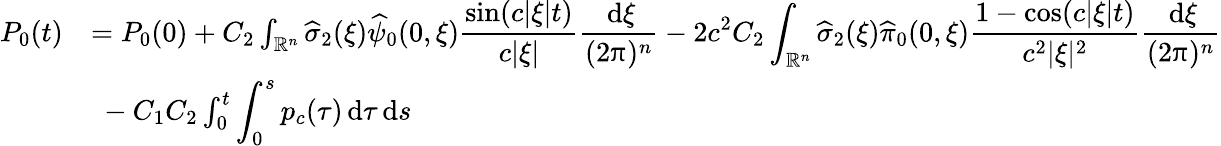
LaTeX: \begin{array}{rl}{P_{0}(t)}&{=P_{0}(0)+C_{2}\int_{\mathbb R^{n}}\widehat\sigma_{2}(\xi)\widehat\psi_{0}(0,\xi)\displaystyle\frac{\sin(c|\xi|t)}{c|\xi|}\displaystyle\frac{\, {\mathrm{d}}\xi}{(2\uppi)^{n}}-2c^{2}C_{2}\int_{\mathbb R^{n}}\widehat\sigma_{2}(\xi)\widehat\pi_{0}(0,\xi)\displaystyle\frac{1-\cos(c|\xi|t)}{c^{2}|\xi|^{2}}\displaystyle\frac{\, {\mathrm{d}}\xi}{(2\uppi)^{n}}}\\ &{\ -C_{1}C_{2}\int_{0}^{t}\displaystyle\int_{0}^{s}p_{c}(\tau)\, {\mathrm{d}}\tau\, {\mathrm{d}}s}\end{array}